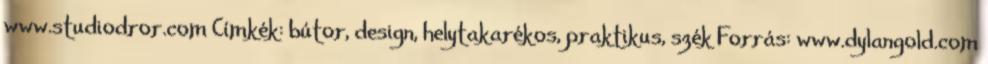
www.studiodror.com Címkék: bútor, design, helytakarékos, praktikus, szék Forrás: www.dylangold.com